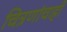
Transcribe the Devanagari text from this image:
चित्रणांचाही